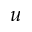
u